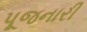
પૂજનારી